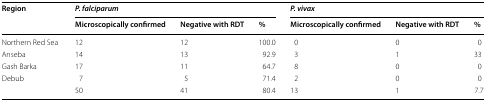
<table><thead><tr><td rowspan="2"><b>Region</b></td><td colspan="3"><b><i>P. falciparum</i></b></td><td colspan="3"><b><i>P. vivax</i></b></td></tr><tr><td><b>Microscopically confirmed</b></td><td><b>Negative with RDT</b></td><td><b>%</b></td><td><b>Microscopically confirmed</b></td><td><b>Negative with RDT</b></td><td><b>%</b></td></tr></thead><tbody><tr><td>Northern Red Sea</td><td>12</td><td>12</td><td>100.0</td><td>0</td><td>0</td><td>0</td></tr><tr><td>Anseba</td><td>14</td><td>13</td><td>92.9</td><td>3</td><td>1</td><td>33</td></tr><tr><td>Gash Barka</td><td>17</td><td>11</td><td>64.7</td><td>8</td><td>0</td><td>0</td></tr><tr><td>Debub</td><td>7</td><td>5</td><td>71.4</td><td>2</td><td>0</td><td>0</td></tr><tr><td></td><td>50</td><td>41</td><td>80.4</td><td>13</td><td>1</td><td>7.7</td></tr></tbody></table>